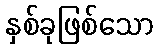
နှစ်ခုဖြစ်သော